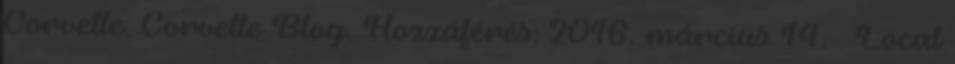
Corvette. Corvette Blog. Hozzáférés: 2016. március 14. ↑ Local